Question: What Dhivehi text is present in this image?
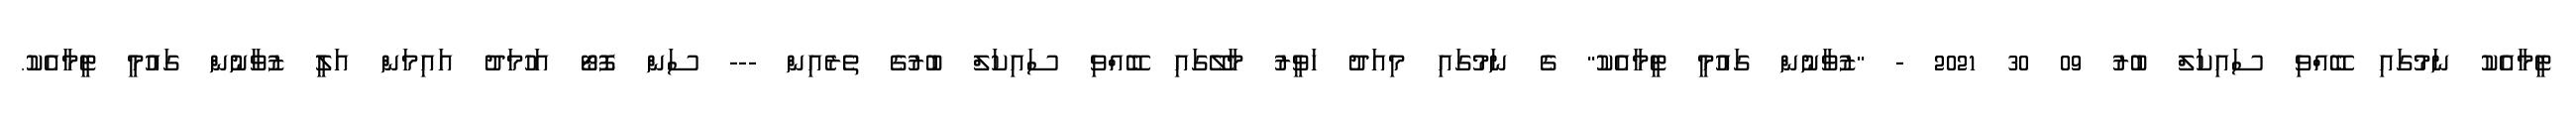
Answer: ޓީމާއެކު ނަމުގައި ބޭއްވި ސައިކަލް ބުރު 09 30 2021 - "ޒުވާނުން ގައުމީ ޓީމާއެކު" ގެ ނަމުގައި މިއަދު ހަވީރު މާލޭގައި ބޭއްވި ސައިކަލް ބުރުގެ ތެރެއިން --- ސަން ފޮޓޯ އަހުމަދު އައިމަން އަލީ ޒުވާނުން ގައުމީ ޓީމާއެކު.